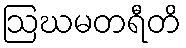
ဩဃမတရီတိ